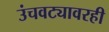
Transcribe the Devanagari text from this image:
उंचवट्यावरही